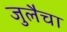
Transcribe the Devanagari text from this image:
जुलैचा